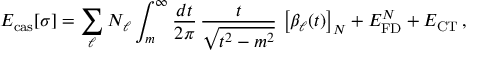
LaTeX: E _ { \mathrm { c a s } } [ \sigma ] = \sum _ { \ell } N _ { \ell } \int _ { m } ^ { \infty } \frac { d t } { 2 \pi } \, \frac { t } { \sqrt { t ^ { 2 } - m ^ { 2 } } } \, \left[ \beta _ { \ell } ( t ) \right] _ { N } + E _ { \mathrm { F D } } ^ { N } + E _ { \mathrm { C T } } \, ,